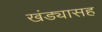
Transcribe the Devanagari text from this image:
खंड्यासह